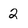
Character: 2